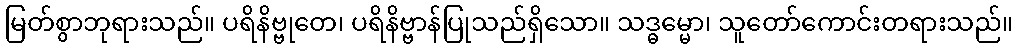
မြတ်စွာဘုရားသည်။ ပရိနိဗ္ဗုတေ၊ ပရိနိဗ္ဗာန်ပြုသည်ရှိသော။ သဒ္ဓမ္မော၊ သူတော်ကောင်းတရားသည်။